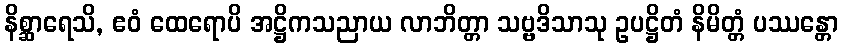
နိစ္ဆာရေသိ, ဧဝံ ထေရောပိ အဋ္ဌိကသညာယ လာဘိတ္တာ သဗ္ဗဒိသာသု ဥပဋ္ဌိတံ နိမိတ္တံ ပဿန္တော